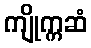
ကျိုက္ကဆံ